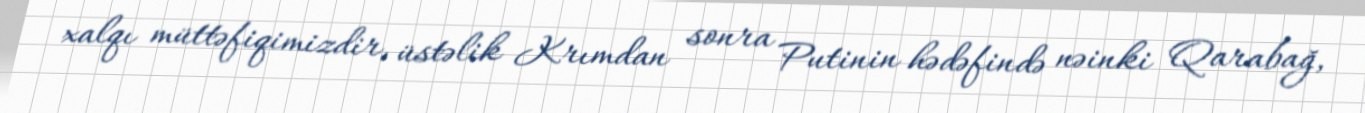
xalqı müttəfiqimizdir, üstəlik Krımdan sonra Putinin hədəfində nəinki Qarabağ,